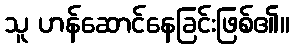
သူ ဟန်ဆောင်နေခြင်းဖြစ်၏။